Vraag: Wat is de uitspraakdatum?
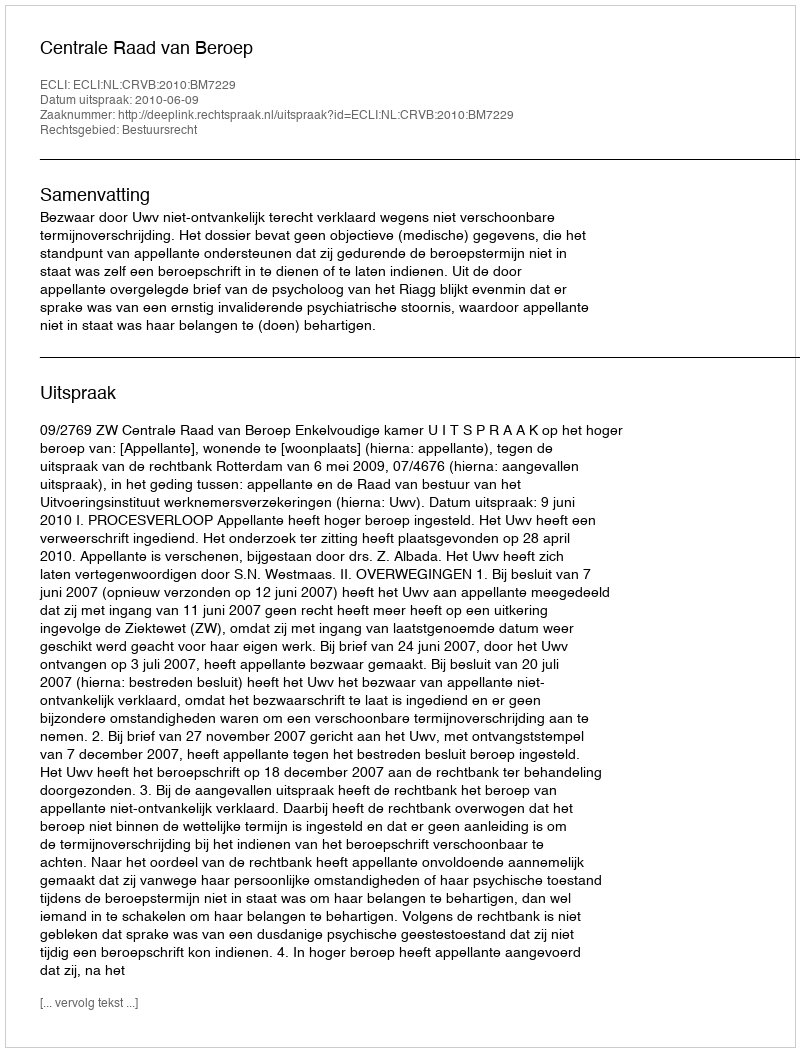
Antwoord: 2010-06-09